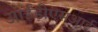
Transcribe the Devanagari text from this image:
आईडीएसआई